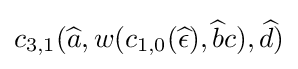
c_{3,1}({\widehat {a}},w(c_{1,0}({\widehat {\epsilon }}),{\widehat {b}}c),{\widehat {d}})